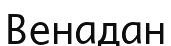
Венадан